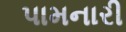
પામનારી